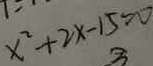
x ^ { 2 } + 2 x - 1 5 = 0